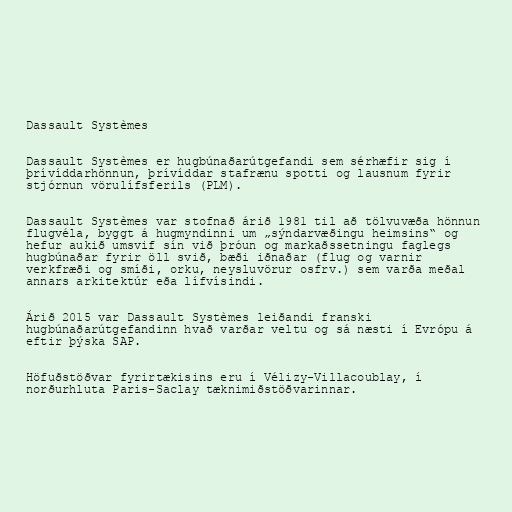
Dassault Systèmes

Dassault Systèmes er hugbúnaðarútgefandi sem sérhæfir sig í
þrívíddarhönnun, þrívíddar stafrænu spotti og lausnum fyrir
stjórnun vörulífsferils (PLM).

Dassault Systèmes var stofnað árið 1981 til að tölvuvæða hönnun
flugvéla, byggt á hugmyndinni um „sýndarvæðingu heimsins“ og
hefur aukið umsvif sín við þróun og markaðssetningu faglegs
hugbúnaðar fyrir öll svið, bæði iðnaðar (flug og varnir
verkfræði og smíði, orku, neysluvörur osfrv.) sem varða meðal
annars arkitektúr eða lífvísindi.

Árið 2015 var Dassault Systèmes leiðandi franski
hugbúnaðarútgefandinn hvað varðar veltu og sá næsti í Evrópu á
eftir þýska SAP.

Höfuðstöðvar fyrirtækisins eru í Vélizy-Villacoublay, í
norðurhluta Paris-Saclay tæknimiðstöðvarinnar.